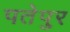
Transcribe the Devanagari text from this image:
पतेपुर